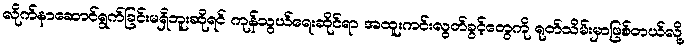
လိုက်နာဆောင်ရွက်ခြင်းမရှိဘူးဆိုရင် ကုန်သွယ်ရေးဆိုင်ရာ အထူးကင်းလွတ်ခွင့်တွေကို ရုတ်သိမ်းမှာဖြစ်တယ်လို့